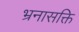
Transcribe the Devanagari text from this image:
भ्रनासक्ति